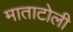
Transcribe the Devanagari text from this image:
माताटोली